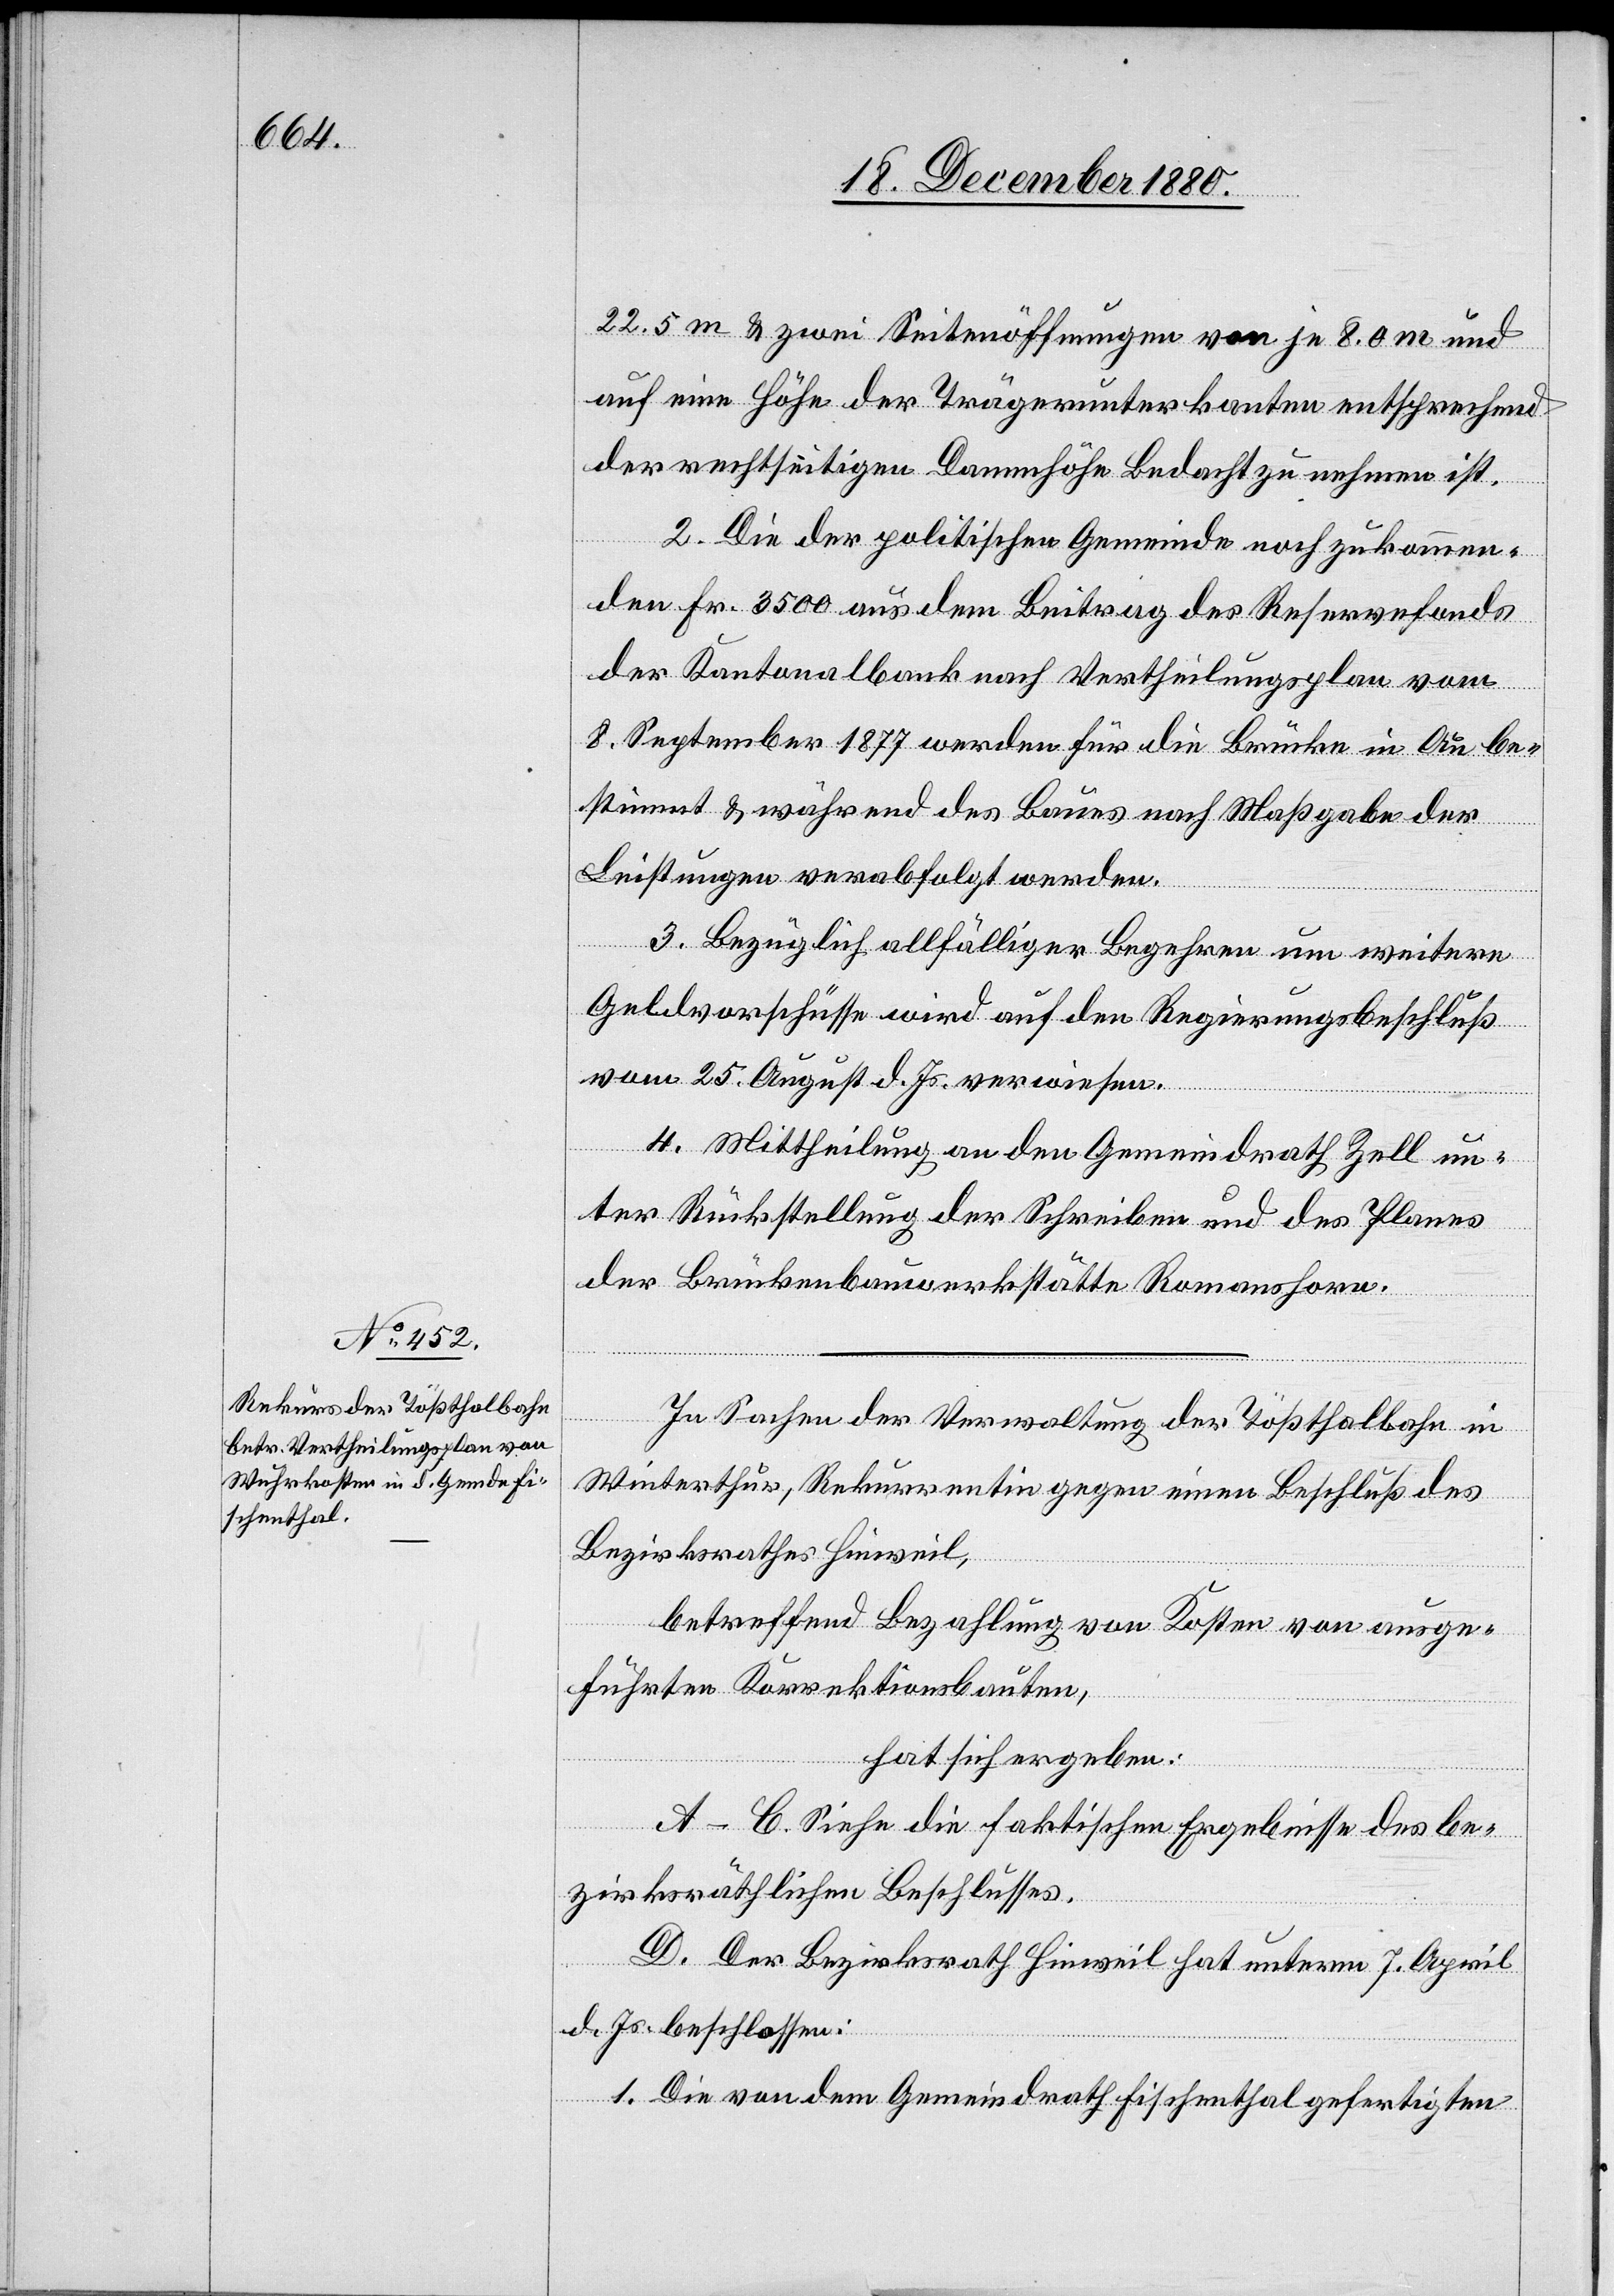
22.5 m & zwei Seitenöffnungen von je 8.0 m und
auf eine Höhe der Trägerunterkanten entsprechend
der rechtlichen Dammhöhe Bedacht zu nehmen ist.
2. Die der politischen Gemeinde noch zukommen¬
den Fr. 3500 aus dem Beitrag des Reservefonds
der Kantonalbank nach Vertheilungsplan vom
8. September 1877 werden für die Brücke in Au be¬
stimmt & während des Baues nach Maßgabe der
Leistungen verabfolgt werden.
3. Bezüglich allfälliger Begehren um weitere
Geldvorschüsse wird auf den Regierungsbeschluß
vom 25. August d. Js. verwiesen.
4. Mittheilung an den Gemeindrath Zell un¬
ter Rückstellung der Schreiben und des Planes
der Brückenbauwerkstätte Romanshorn.
In Sachen der Verwaltung der Tößthalbahn in
Winterthur, Rekurrentin gegen einen Beschluß des
Bezirksrathes Hinweil,
betreffend Bezahlung von Kosten von ausge¬
führten Korrektionsbauten,
hat sich ergeben:
A–C. Siehe die faktischen Ergebnisse des be¬
zirksräthlichen Beschlusses.
D. Der Bezirksrath Hinweil hat unterm 7. April
d. Js. beschlossen:
1. Die von dem Gemeindrath Fischenthal gefertigten